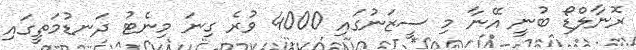
ރޮނާލްޑޯ ބުނީ އޭނާ މި ސީޒަނުގައި 4000 ވުރެ ގިނަ މިނެޓު ދަނޑުމަތީގައި